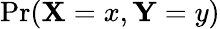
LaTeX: \mathrm{Pr}(\mathbf{X}=x,\textbf{Y}=y)